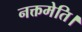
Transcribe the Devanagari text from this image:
नक्तमेति।